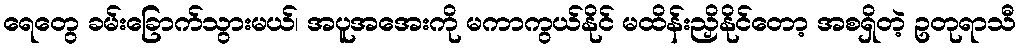
ရေတွေ ခမ်းခြောက်သွားမယ်၊ အပူအအေးကို မကာကွယ်နိုင် မထိန်းညှိနိုင်တော့ အစရှိတဲ့ ဥတုရာသီ